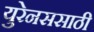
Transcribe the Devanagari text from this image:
युरेनससाठी